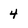
Character: 4